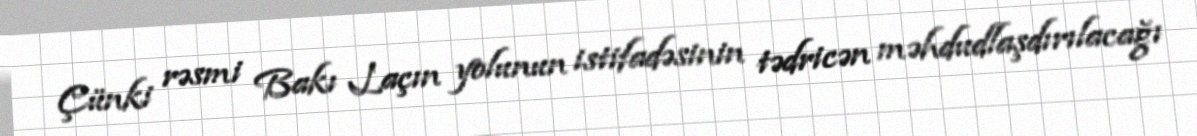
Çünki rəsmi Bakı Laçın yolunun istifadəsinin tədricən məhdudlaşdırılacağı